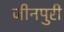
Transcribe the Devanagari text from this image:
जीनपुरी